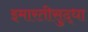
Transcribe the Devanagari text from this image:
इमारतीसुद्धा